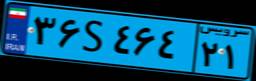
۸۶S۵۷۶۹۹